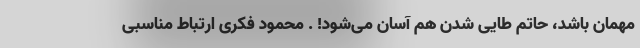
مهمان باشد، حاتم طایی شدن هم آسان می‌شود! . محمود فکری ارتباط مناسبی